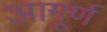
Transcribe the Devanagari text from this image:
आगूर्ण